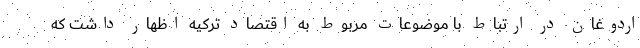
اردوغان در ارتباط با موضوعات مربوط به اقتصاد ترکیه اظهار داشت که